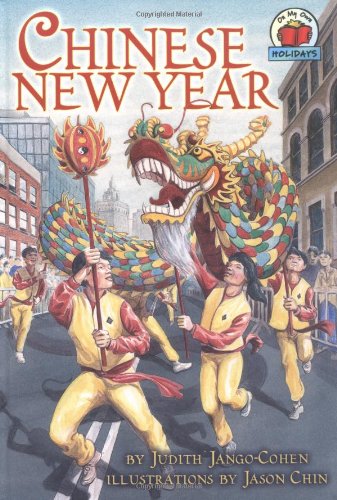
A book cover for Chinese New Year (On My Own Holidays); Judith Jango-Cohen; Children's Books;